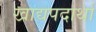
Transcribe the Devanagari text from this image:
खाद्यपदार्था